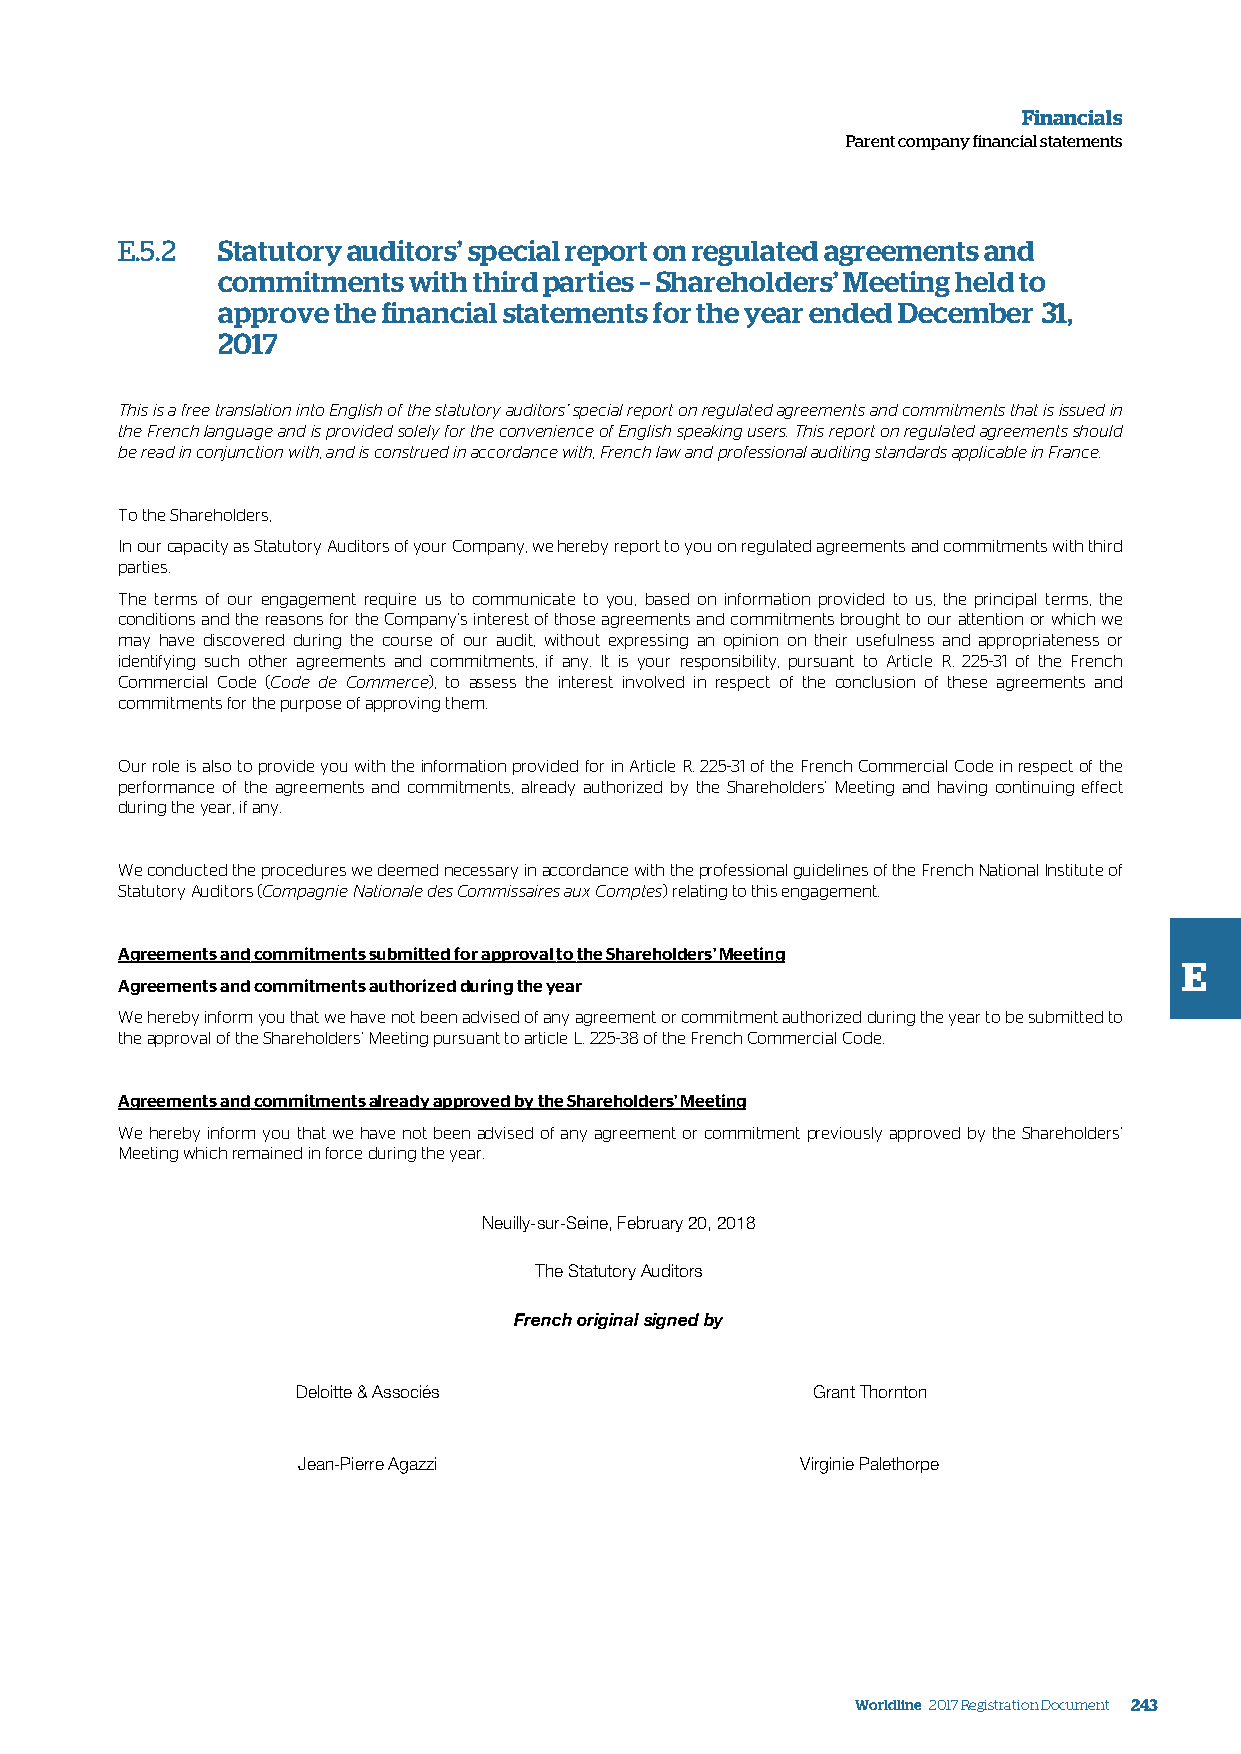
Financials
 Parent company financial statements
 E.5.2 Statutory auditors’ special report on regulated agreements and
 commitments  with third parties – Shareholders’ Meeting held to
 approve the financial statements for the year ended December 31,
 2017
 This is a free translation into English of the statutory auditors’ special report on regulated agreements and commitments that is issued in
 the French language and is provided solely for the convenience of English speaking users. This report on regulated agreements should
 be read in conjunction with, and is construed in accordance with, French law and professional auditing standards applicable in France.
 To the Shareholders,
 In our capacity as Statutory Auditors of your Company, we hereby report to you on regulated agreements and commitments with third
 parties.
 The terms of our engagement require us to communicate to you, based on information provided to us, the principal terms, the
 conditions and the reasons for the Company’s interest of those agreements and commitments brought to our attention or which we
 may have discovered during the course of our audit, without expressing an opinion on their usefulness and appropriateness or
 identifying such other agreements and commitments, if any. It is your responsibility, pursuant to Article R. 225-31 of the French
 Commercial Code (Code de Commerce), to assess the interest involved in respect of the conclusion of these agreements and
 commitments for the purpose of approving them.
 Our role is also to provide you with the information provided for in Article R. 225-31 of the French Commercial Code in respect of the
 performance of the agreements and commitments, already authorized by the Shareholders' Meeting and having continuing effect
 during the year, if any.
 We conducted the procedures we deemed necessary in accordance with the professional guidelines of the French National Institute of
 Statutory Auditors (Compagnie Nationale des Commissaires aux Comptes) relating to this engagement.
 Agreements and commitments submitted for approval to the Shareholders' Meeting
 E
 Agreements and commitments authorized during the year
 We hereby inform you that we have not been advised of any agreement or commitment authorized during the year to be submitted to
 the approval of the Shareholders’ Meeting pursuant to article L. 225-38 of the French Commercial Code.
 Agreements and commitments already approved by the Shareholders' Meeting
 We hereby inform you that we have not been advised of any agreement or commitment previously approved by the Shareholders’
 Meeting which remained in force during the year.
 Neuilly-sur-Seine, February 20, 2018
 The Statutory Auditors
 French original signed by
 Deloitte & Associés               Grant Thornton
 Jean-Pierre Agazzi               Virginie Palethorpe
 Worldline 2017 Registration Document 243